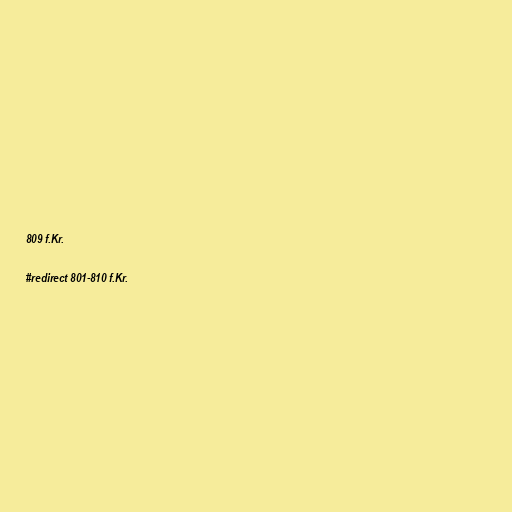
809 f.Kr.

#redirect 801-810 f.Kr.